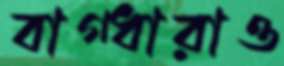
বাগ্ধারাও